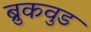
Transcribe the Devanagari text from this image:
ब्रुकवुड